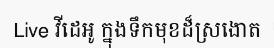
Live វីដេអូ ក្នុងទឹកមុខដ៏ស្រងោត